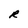
Character: R